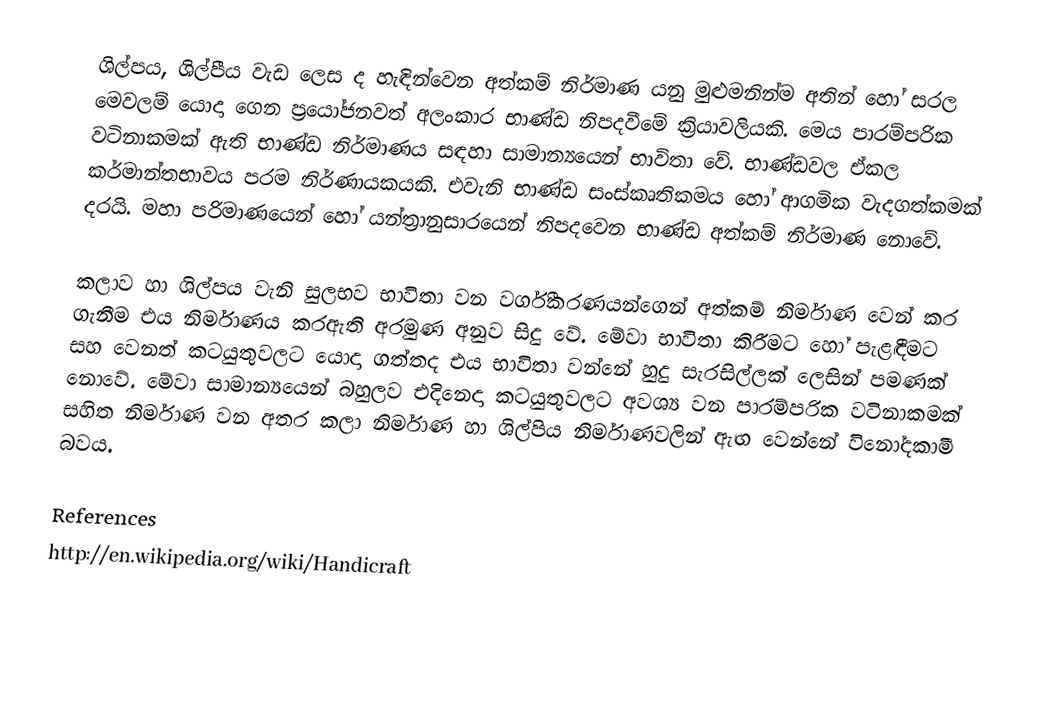
ශිල්පය, ශිල්පීය වැඩ ලෙස ද හැඳින්වෙන අත්කම් නිර්මාණ යනු මුළුමනින්ම අතින් හෝ සරල මෙවලම් යොදා ගෙන ප්‍රයෝජනවත් අලංකාර භාණ්ඩ නිපදවීමේ ක්‍රියාවලියකි. මෙය පාරම්පරික වටිනාකමක් ඇති භාණ්ඩ නිර්මාණය සඳහා සාමාන්‍යයෙන් භාවිතා වේ. භාණ්ඩවල ඒකල කර්මාන්තභාවය පරම නිර්ණායකයකි. එවැනි භාණ්ඩ සංස්කෘතිකමය හෝ ආගමික වැදගත්කමක් දරයි. මහා පරිමාණයෙන් හෝ යන්ත්‍රානුසාරයෙන් නිපදවෙන භාණ්ඩ අත්කම් නිර්මාණ නොවේ.

කලාව හා ශිල්පය වැනි සුලභව භාවිතා වන වර්ගීකරණයන්ගෙන් අත්කම් නිර්මාණ වෙන් කර ගැනීම එය නිර්මාණය කරඇති අරමුණ අනුව සිදු වේ. මේවා භාවිතා කිරීමට හෝ පැළඳීමට සහ වෙනත් කටයුතුවලට යොදා ගත්තද එය භාවිතා වන්නේ හුදු සැරසිල්ලක් ලෙසින් පමණක් නොවේ. මේවා සාමාන්‍යයෙන් බහුලව එදිනෙදා කටයුතුවලට අවශ්‍ය වන පාරම්පරික වටිනාකමක් සහිත නිර්මාණ වන අතර කලා නිර්මාණ හා ශිල්පිය නිර්මාණවලින් ඇඟ වෙන්නේ විනෝදකාමී බවය.

References
http://en.wikipedia.org/wiki/Handicraft